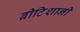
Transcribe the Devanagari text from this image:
ब्रीटिशानी